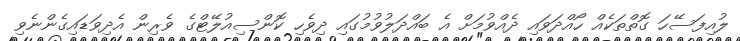
ލުއިފަސޭހަ ގޮތްތަކެއް ހޯއްދަވައި ދެއްވުމަށް އެ ބައްދަލުވުމުގައި ދިވެހި ކޮންސިއުލޭޓްގެ ވެރިން އެދިވަޑައިގެންނެވި